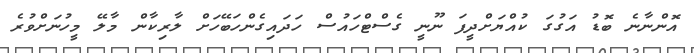
އޮންނާނެ ބޮޑު އަގުގަ ކުއްޔަށްދީފަ ނޫނީ ގެސްޓްހައުސް ހަދައިގެންހަބޭހަށް ލާރިކާން މާލޭ މީހުނަށްވުރެ